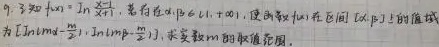
9. 已知$f(x)=\ln \frac {x}{e^{x}}$，若存在$a,b∈[1,+\infty )$，使得函数$f(x)$在区间$[a,b]$上的值域为$[\ln (m - 2)a,\ln (m - 2)b]$，求实数$m$的取值范围.